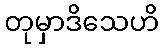
တုမှာဒိသေဟိ